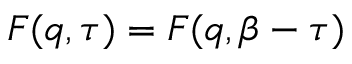
F ( q , \tau ) = F ( q , \beta - \tau )